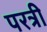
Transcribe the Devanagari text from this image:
परत्री